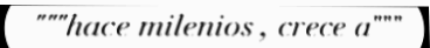
"""hace milenios , crece a"""